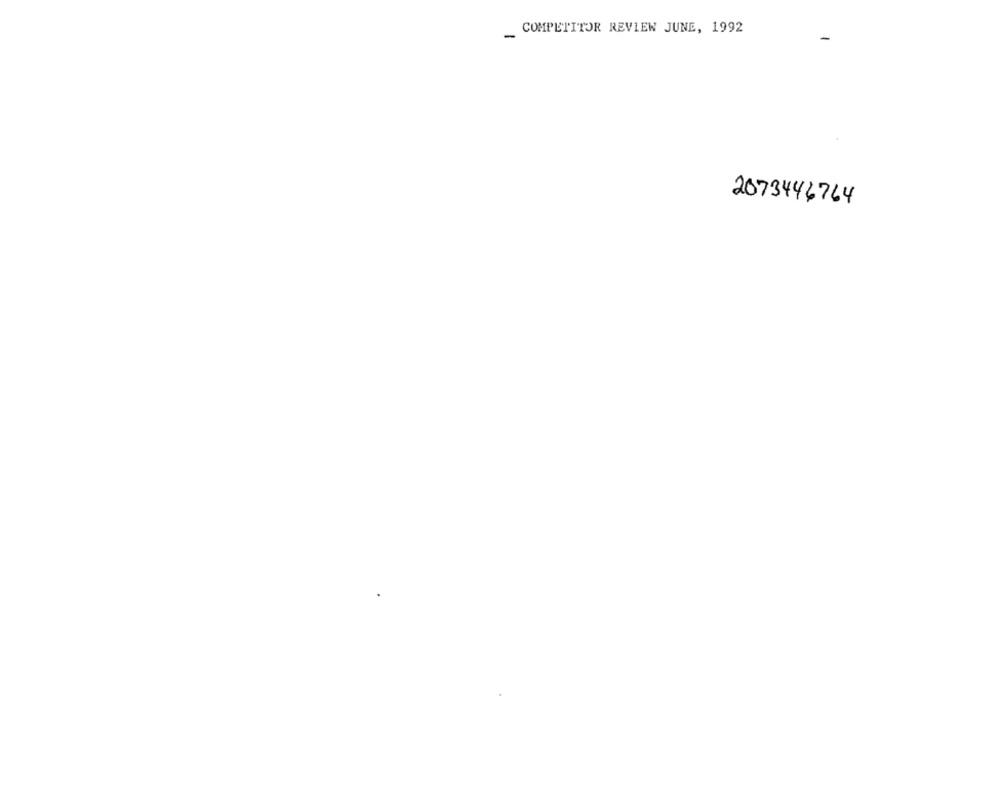
COMPETITOR REVIEW JUNE, 1992
2073446764